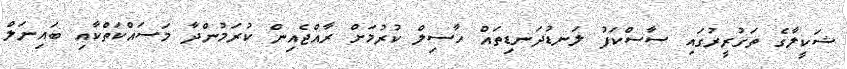
ޝަކީލާގެ ތަގުރީރުގައި ސާސްކަފު ލަނޑުދަނޑިތައް ހާސިލް ކުރުމަށް ރާއްޖެއިން ކުރަމުންދާ މަސައްކަތްކާއި ބައިނަލް